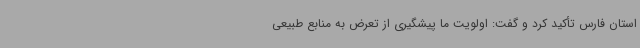
استان فارس تأکید کرد و گفت: اولویت ما پیشگیری از تعرض به منابع طبیعی